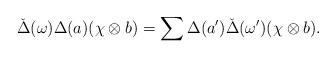
LaTeX: \begin{align*} \check{\Delta}(\omega) \Delta(a)(\chi \otimes b)= \sum \Delta(a')\check{\Delta}(\omega')(\chi \otimes b).\end{align*}